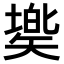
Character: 𥏷